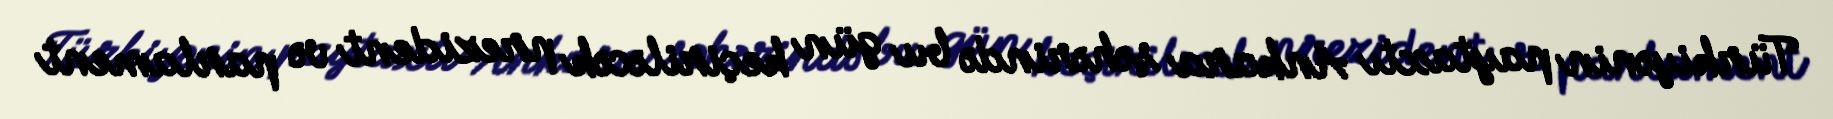
Türkiyənin paytaxtı Ankara şəhərində bu gün keçiriləcək prezident və parlament